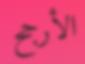
الأرجح